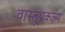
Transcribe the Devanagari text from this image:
वास्तूप्रकल्प